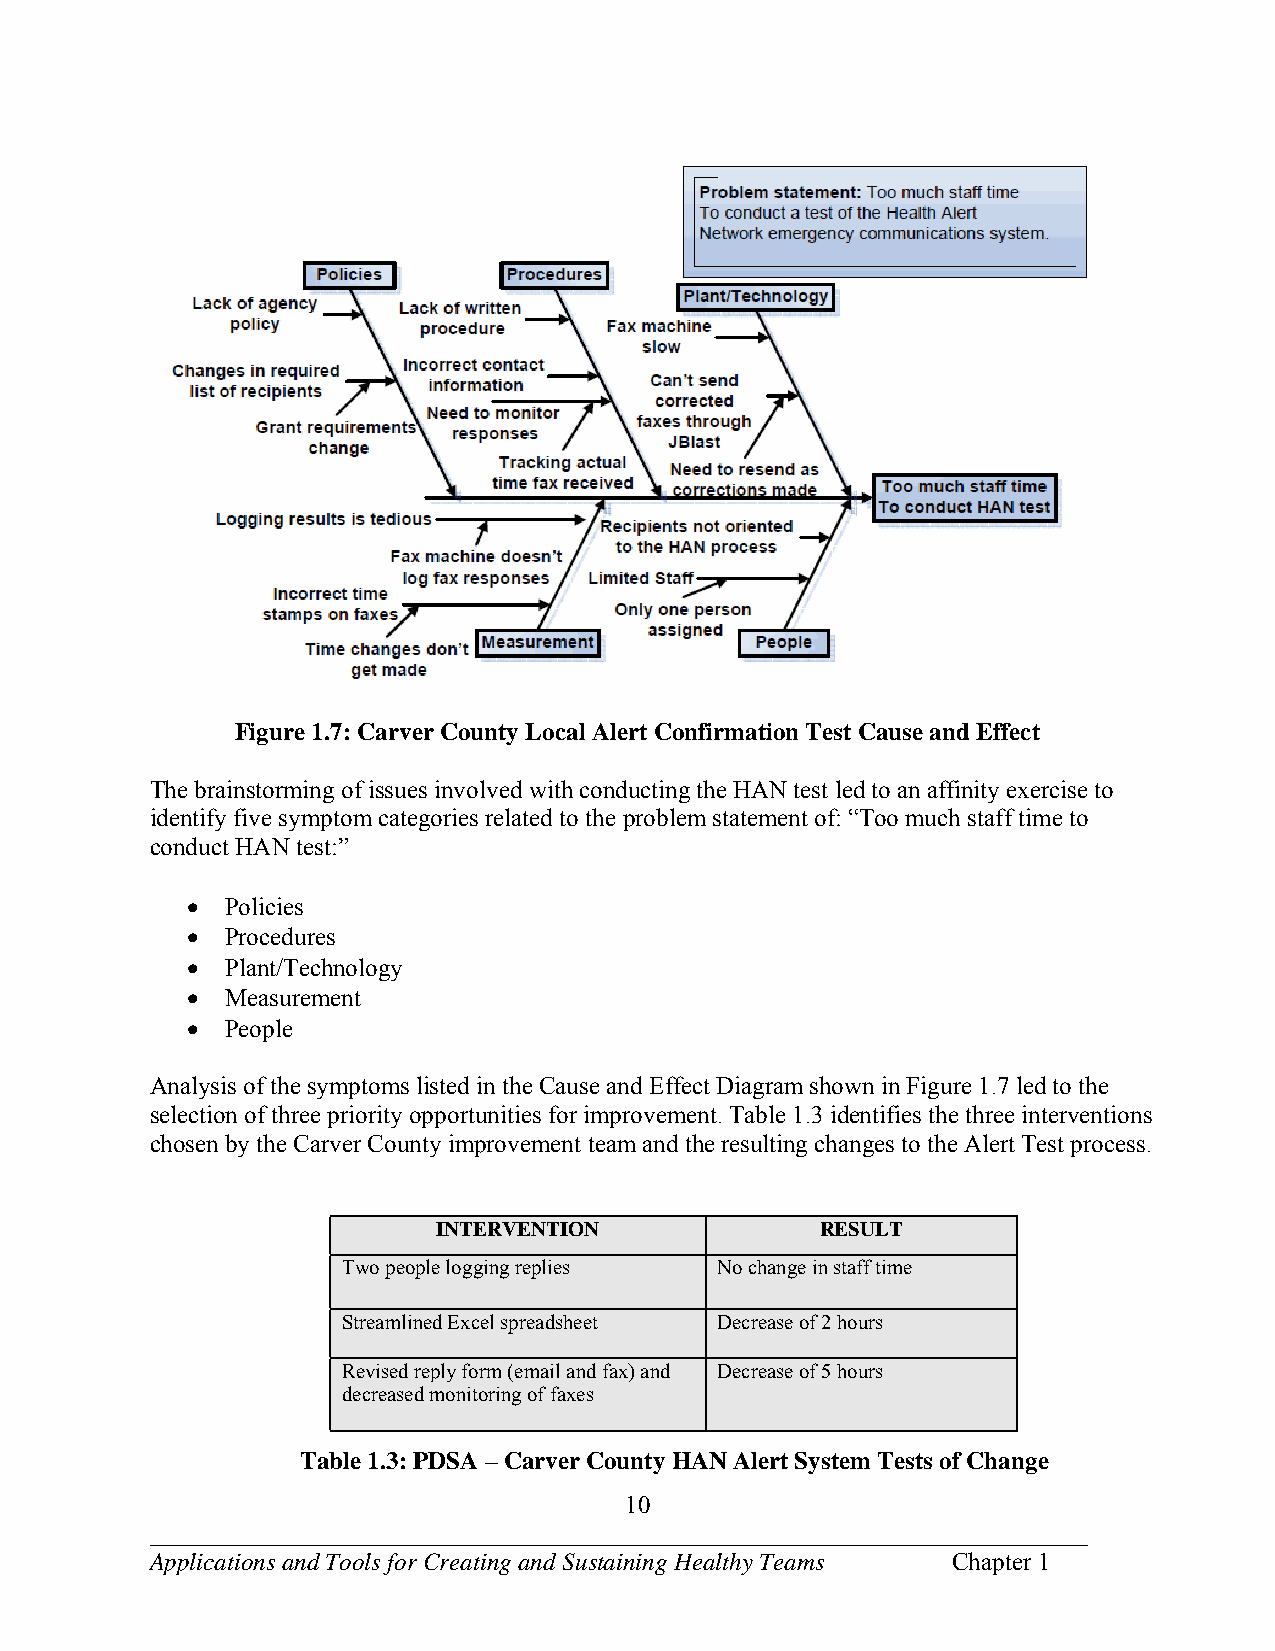
Figure 1.7: Carver County Local Alert Confirmation Test Cause and Effect
 The brainstorming of issues involved with conducting the HAN test led to an affinity exercise to
 identify five symptom categories related to the problem statement of: “Too much staff time to
 conduct HAN test:”
   Policies
   Procedures
   Plant/Technology
   Measurement
   People
 Analysis of the symptoms listed in the Cause and Effect Diagram shown in Figure 1.7 led to the
 selection of three priority opportunities for improvement. Table 1.3 identifies the three interventions
 chosen by the Carver County improvement team and the resulting changes to the Alert Test process.
 INTERVENTION             RESULT
 Two people logging replies No change in staff time
 Streamlined Excel spreadsheet Decrease of 2 hours
 Revised reply form (email and fax) and Decrease of 5 hours
 decreased monitoring of faxes
 Table 1.3: PDSA – Carver County HAN Alert System Tests of Change
 10
 ___________________________________________________________________________
 Applications and Tools for Creating and Sustaining Healthy Teams Chapter 1